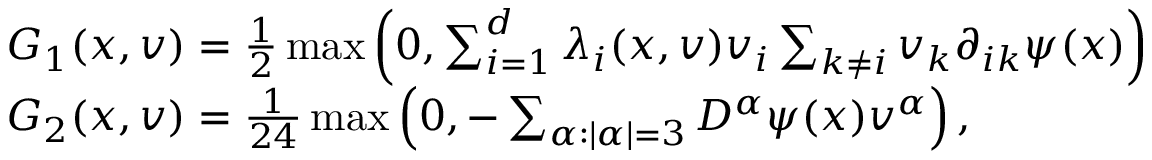
\begin{array} { r l } & { G _ { 1 } ( x , v ) = \frac { 1 } { 2 } \operatorname* { m a x } \left( 0 , \sum _ { i = 1 } ^ { d } \lambda _ { i } ( x , v ) v _ { i } \sum _ { k \neq i } v _ { k } \partial _ { i k } \psi ( x ) \right) } \\ & { G _ { 2 } ( x , v ) = \frac { 1 } { 2 4 } \operatorname* { m a x } \left( 0 , - \sum _ { \alpha : \lvert \alpha \rvert = 3 } D ^ { \alpha } \psi ( x ) v ^ { \alpha } \right) , } \end{array}